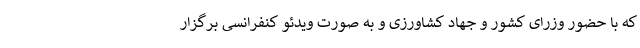
که با حضور وزرای کشور و جهاد کشاورزی و به صورت ویدئو کنفرانسی برگزار